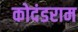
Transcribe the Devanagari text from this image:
कोदंडराम